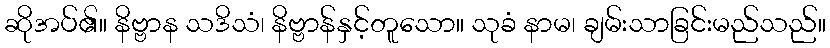
ဆိုအပ်၏။ နိဗ္ဗာန သဒိသံ၊ နိဗ္ဗာန်နှင့်တူသော။ သုခံ နာမ၊ ချမ်းသာခြင်းမည်သည်။